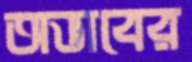
অভাবের